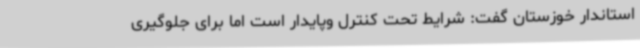
استاندار خوزستان گفت: شرایط تحت کنترل وپایدار است اما برای جلوگیری